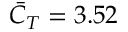
\bar { C } _ { T } = 3 . 5 2